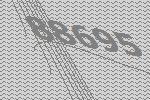
88695